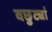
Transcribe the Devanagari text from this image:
वछुट्यां